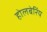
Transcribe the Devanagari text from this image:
होलबेरिंय